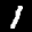
Label: 1